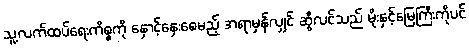
သူ့လက်ထပ်ရေးကိစ္စကို နှောင့်နှေးစေမည့် အရာမှန်လျှင် ဆွီလင်သည် မိုးနှင့်မြေကြီးကိုပင်